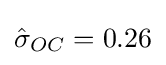
{\hat {\sigma }}_{OC}=0.26